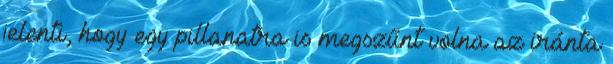
jelenti, hogy egy pillanatra is megszűnt volna az iránta